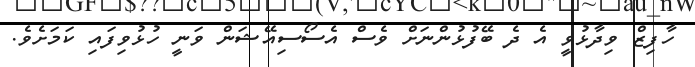
ހާފިޒް ވިދާޅުވީ އެ ދެ ބޭފުޅުންނަށް ވެސް އެސޯސިއޭޝަން ވަނީ ހުޅުވިފައި ކަމަށެވެ.